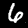
Digit: 6